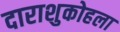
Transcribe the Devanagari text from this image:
दाराशुकोहला